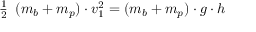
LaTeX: { \begin{array} { l } { { \frac { 1 } { 2 } } } \end{array} } ( m _ { b } + m _ { p } ) \cdot v _ { 1 } ^ { 2 } = ( m _ { b } + m _ { p } ) \cdot g \cdot h